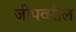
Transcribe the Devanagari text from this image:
जीपवरील